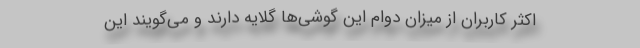
اکثر کاربران از میزان دوام این گوشی‌ها گلایه دارند و می‌گویند این